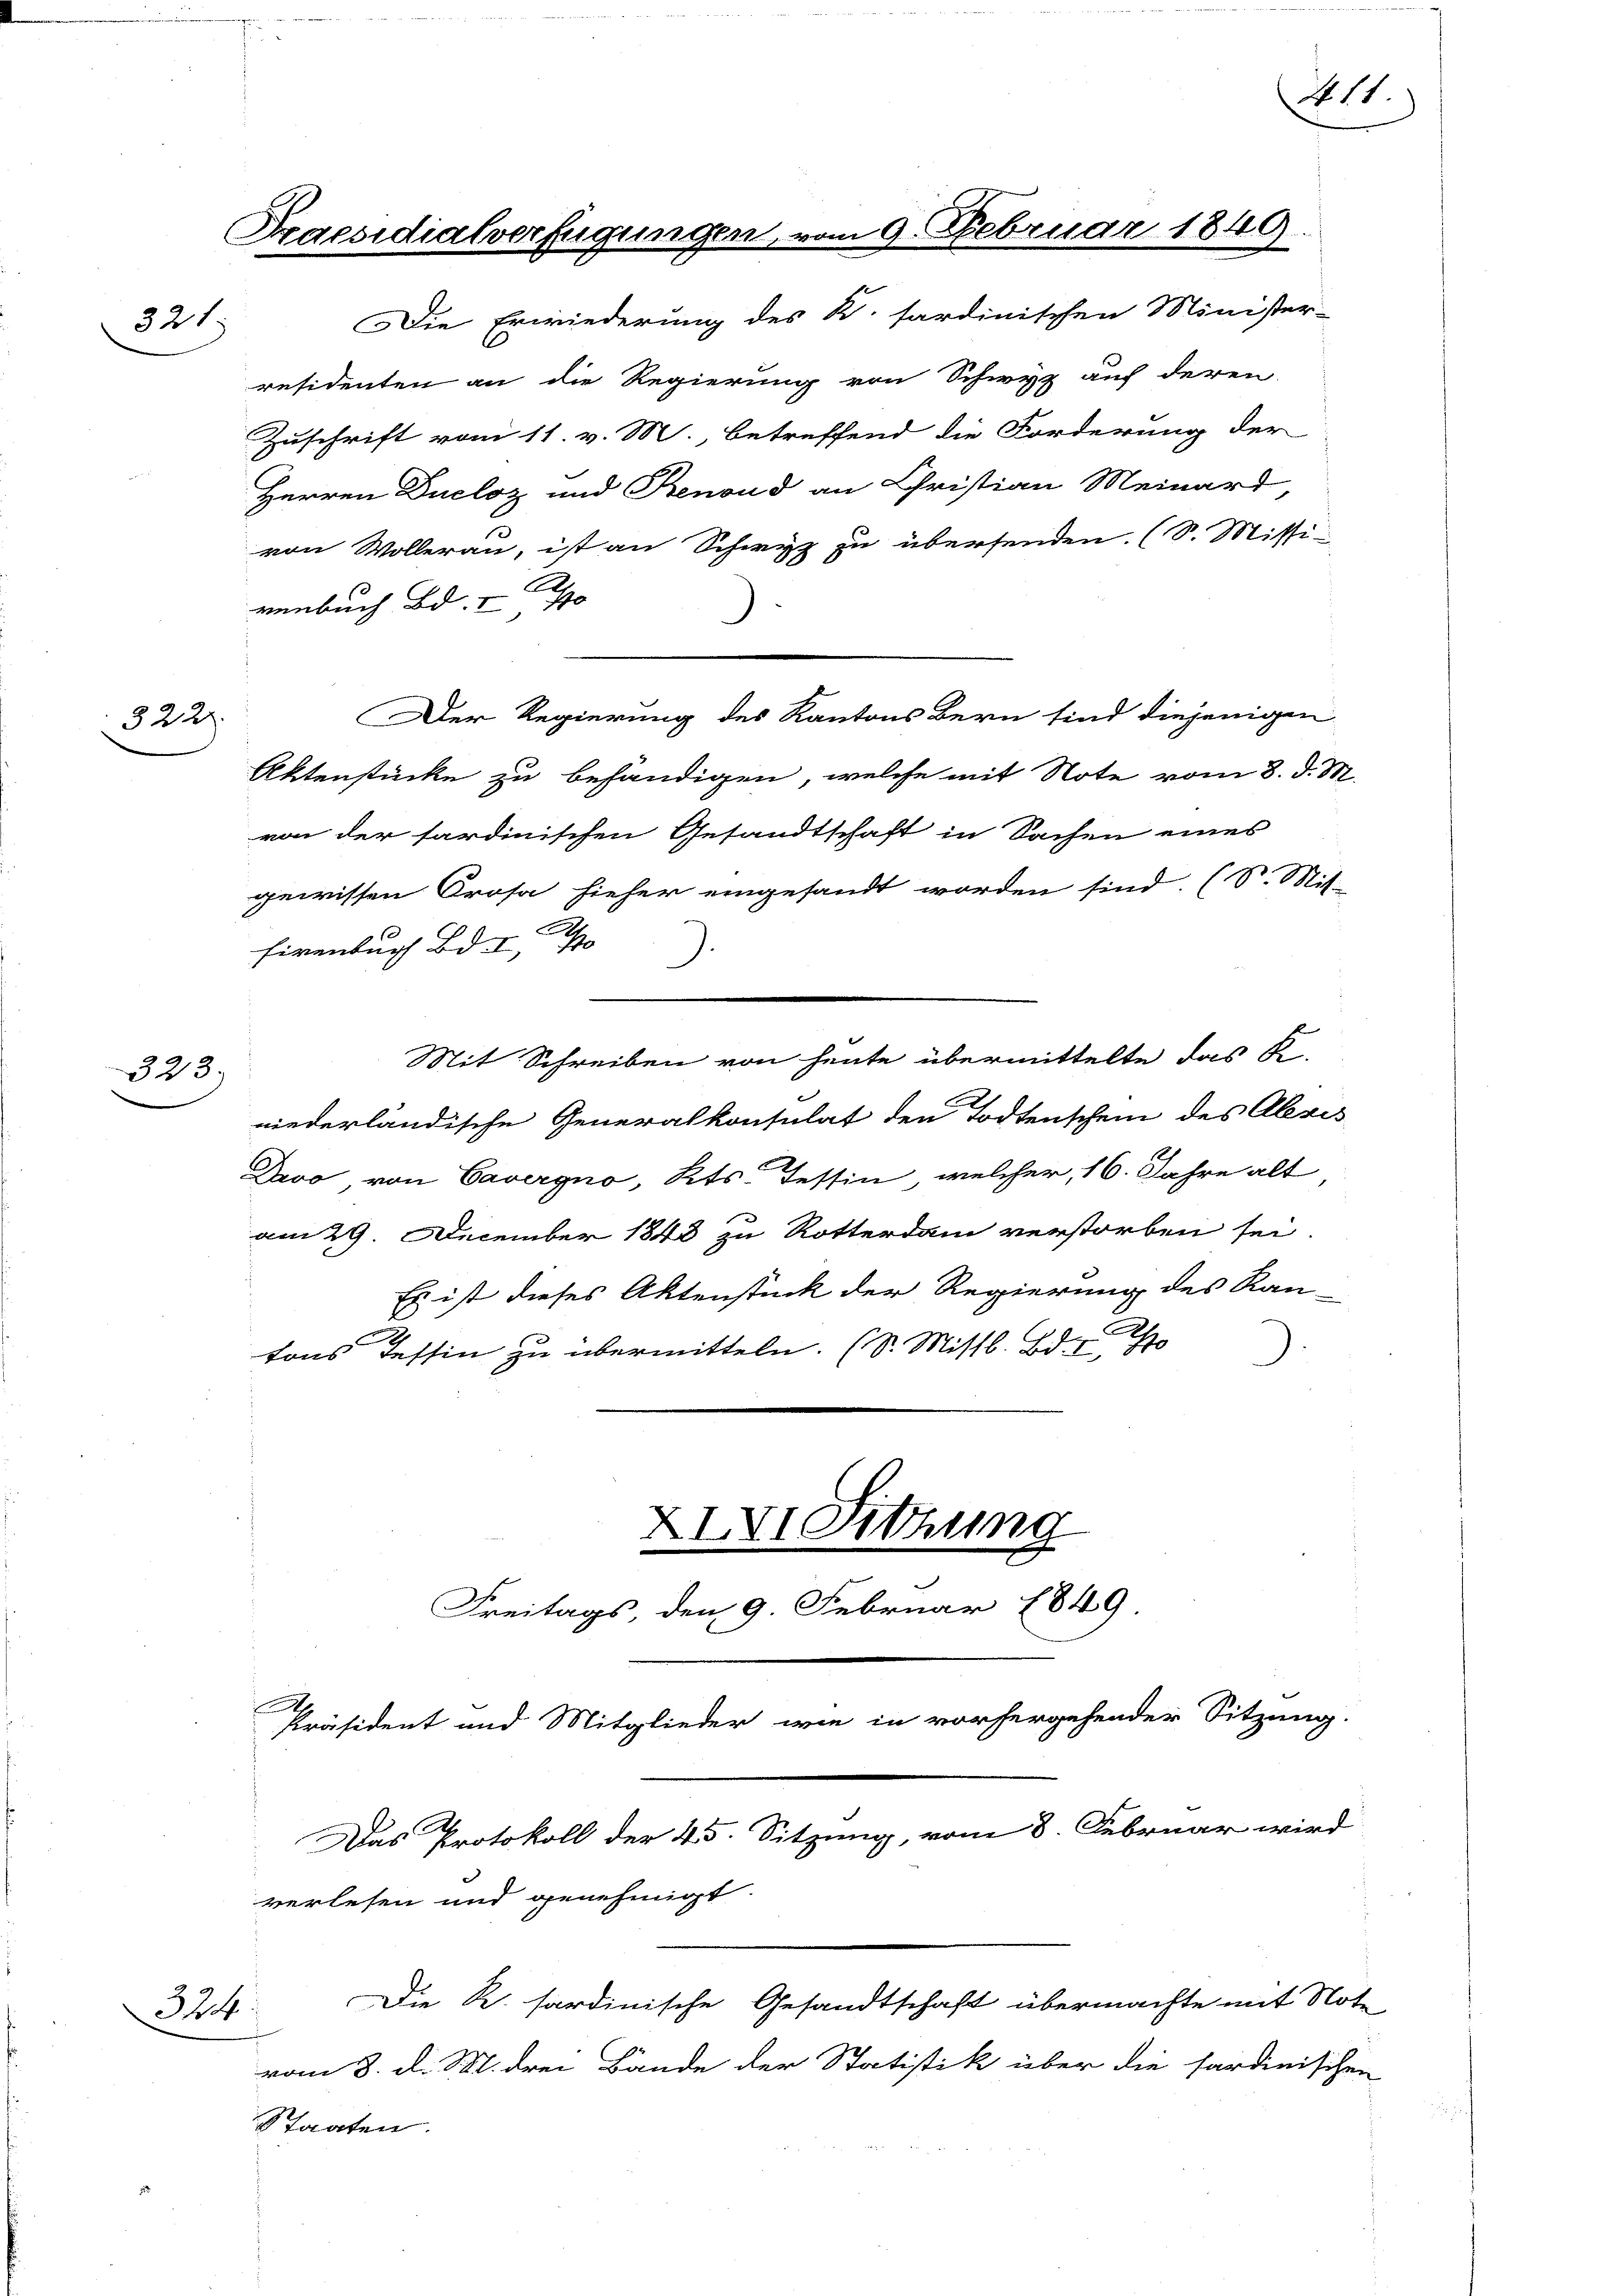
321

322)

323

324.

Praesidialverfügungen, vom 9. Februar 1849.

Die Erwiederung des K. sardinischen Minister-
residenten an die Regierung von Schwyz auf deren
Zuschrift vom 11. v. M., betreffend die Forderung der
Herren Ducloz und Benoud an Christian Meinard
von Wollerau, ist an Schwyz zu übersenden. (S. Missi-
renbuch Bd. I 70
Der Regierung des Kantons Bern sind diejenigen
Aktenstücke zu behändigen, welche mit Note vom 8. d. M.
von der sardinischen Gesandtschaft in Sachen eines
gewissen Prosa hieher eingesandt worden sind. (S. Mit-
Eigenbuch Bd. I, S
Mit Schreiben von heute übermittelte das Fi-
niederländische Generalkonsulat den Todtenschein des Alexis
Dero von Cavergno, Kts. Tessin, welcher, 16. Jahre alt
am 29. December 1848 zu Rotterdam verstorben sei.
Es ist dieses Aktenstück der Regierung des Ran-
tons Tessin zu übermitteln. (S. Missb. Bd. Tho
XIV. Sitzung
Freitags, den 9. Februar 1849
Präsident und Mitglieder wie in vorhergehender Sitzung.
2.
Das Protokoll der 45. Sitzung, vom 8. Februar wird

verlesen und genehmigt.

Staaten.

Die R. sardinische Gesandtschaft übermachte mit Note
vom 8. d. d. M. drei Bände der Statistik über die fardinis

411.

ichen